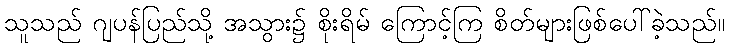
သူသည် ဂျပန်ပြည်သို့ အသွား၌ စိုးရိမ် ကြောင့်ကြ စိတ်များဖြစ်ပေါ်ခဲ့သည်။